Civil Veterinary Department ledger series I-VI
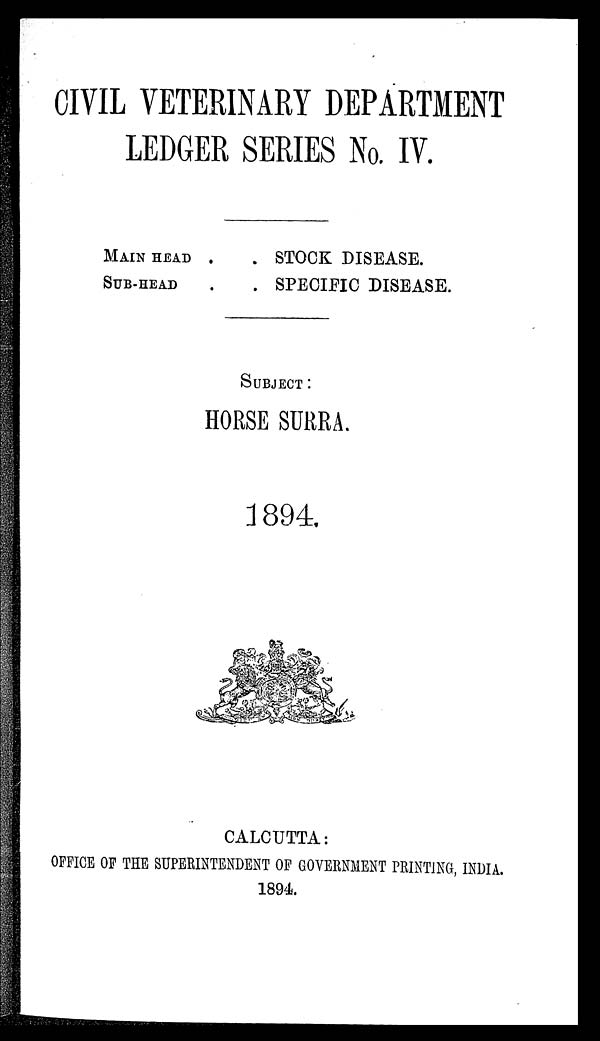
CIVIL VETERINARY DEPARTMENT
LEDGER SERIES No. IV.
MAIN HEAD .
SUB-HEAD .
. STOCK DISEASE.
. SPECIFIC DISEASE.
SUBJECT:
HORSE SURRA.
1894.
CALCUTTA:
OFFICE OF THE SUPERINTENDENT OF GOVERNMENT PRINTING, INDIA.
1894.